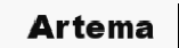
Artema